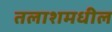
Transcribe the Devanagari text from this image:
तलाशमधील